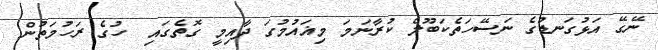
ނޭގޭ އަޅުގަނޑުގެ ނަސޭހަތެކަބޫލް ކުރާނަމަ މިޣައުމުގަ ދާއިމީ ގޮތެގައި  ހުގެ ރަހުމަތުން